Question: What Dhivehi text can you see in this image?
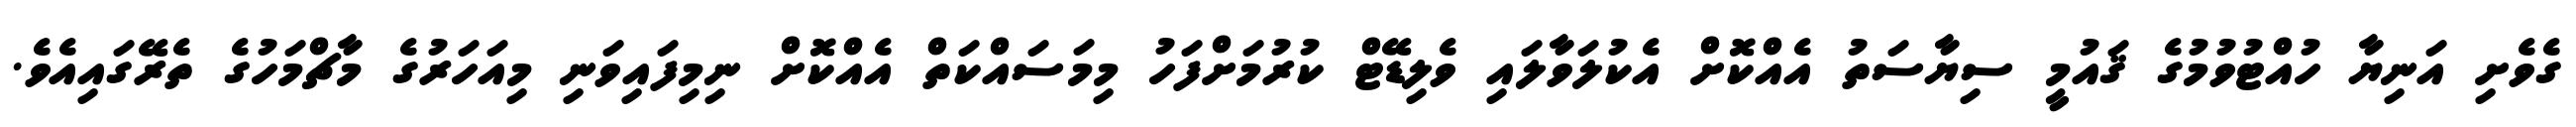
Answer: ގެވެށި އަނިޔާ ހުއްޓުވުމުގެ ޤައުމީ ސިޔާސަތު އެއްކޮށް އެކުލަވާލައި ވެލިޑޭޓް ކުރުމަށްފަހު މިމަސައްކަތް އެއްކޮށް ނިމިފައިވަނި މިއަހަރުގެ މާޗްމަހުގެ ތެރޭގައިއެވެ.